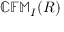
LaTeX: \mathbb { C F M } _ { I } ( R )